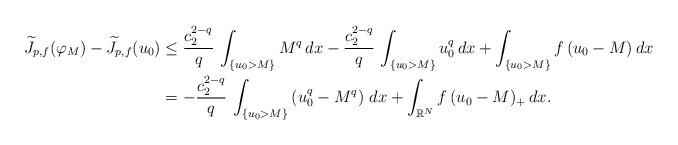
LaTeX: \begin{align*}\widetilde J_{p,f}(\varphi_M)-\widetilde J_{p,f}(u_0)&\le \frac{c_2^{2-q}}{q}\,\int_{\{u_0>M\}} M^{q}\, dx-\frac{c_2^{2-q}}{q}\, \int_{\{u_0> M\}} u_0^{q}\, dx+\int_{\{u_0>M\}} f\, (u_0-M)\, dx\\&= -\frac{c_2^{2-q}}{q}\, \int_{\{u_0>M\}} \left(u_0^q-M^q\right)\, dx+\int_{\mathbb{R}^N} f\, (u_0-M)_+\, dx.\\\end{align*}